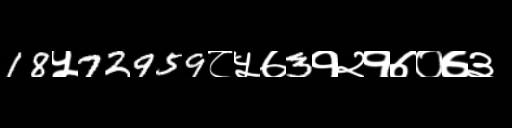
Text: 18५72959८५७3१२१७०७३